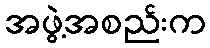
အဖွဲ့အစည်းက